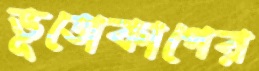
ভূতোকাপের